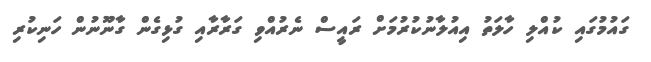
ގައުމުގައި ކުއްލި ހާލަތު އިއުލާނުކުރުމަށް ރައީސް ނެރުއްވި ގަރާރާއި ގުޅިގެން ގާނޫނުން ހަނިކުރި